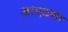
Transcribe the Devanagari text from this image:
आएटना